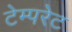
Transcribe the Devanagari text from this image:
टेम्‍परेट